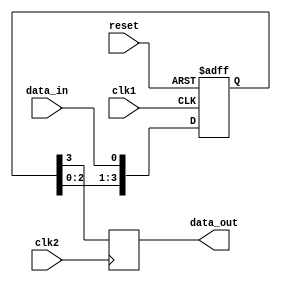
module four_flop_synchronizer (
    input wire clk1,          // Input clock signal for domain 1
    input wire clk2,          // Input clock signal for domain 2
    input wire reset,         // Reset signal
    input wire data_in,       // Input data signal
    output reg data_out       // Output synchronized data signal
);

reg [3:0] flip_flop;         // Internal storage for four flip-flops

always @(posedge clk1 or posedge reset) begin
    if (reset) begin
        flip_flop <= 4'b0;
    end else begin
        flip_flop <= {flip_flop[2:0], data_in};
    end
end

always @(posedge clk2) begin
    data_out <= flip_flop[3];
end

endmodule